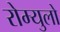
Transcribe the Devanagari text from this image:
रोम्युलो